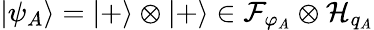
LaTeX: |\psi_{A}\rangle=|+\rangle\otimes|+\rangle\in\mathcal{F}_{\varphi_{A}}\otimes\mathcal{H}_{q_{A}}